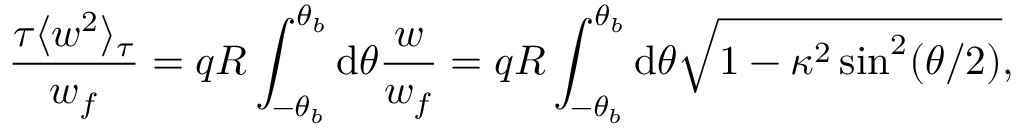
\frac { \tau \langle w ^ { 2 } \rangle _ { \tau } } { w _ { f } } = q R \int _ { - \theta _ { b } } ^ { \theta _ { b } } \mathrm { d } \theta \frac { w } { w _ { f } } = q R \int _ { - \theta _ { b } } ^ { \theta _ { b } } \mathrm { d } \theta \sqrt { 1 - \kappa ^ { 2 } \sin ^ { 2 } ( \theta / 2 ) } ,